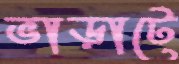
ভাড়াটে